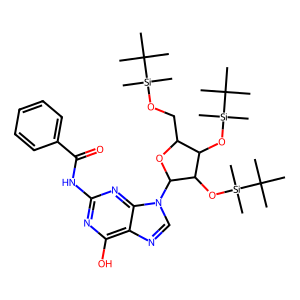
SMILES: CC(C)(C)[Si](C)(C)OCC1OC(n2cnc3c(O)nc(NC(=O)c4ccccc4)nc32)C(O[Si](C)(C)C(C)(C)C)C1O[Si](C)(C)C(C)(C)C
Inhibits HIV replication: No